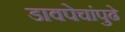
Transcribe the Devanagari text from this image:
डावपेचांपुढे